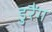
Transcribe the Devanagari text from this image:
डुरैंग